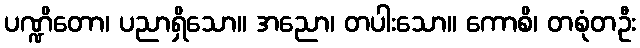
ပဏ္ဍိတော၊ ပညာရှိသော။ အညော၊ တပါးသော။ ကောစိ၊ တစုံတဦး